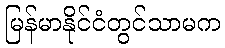
မြန်မာနိုင်ငံတွင်သာမက